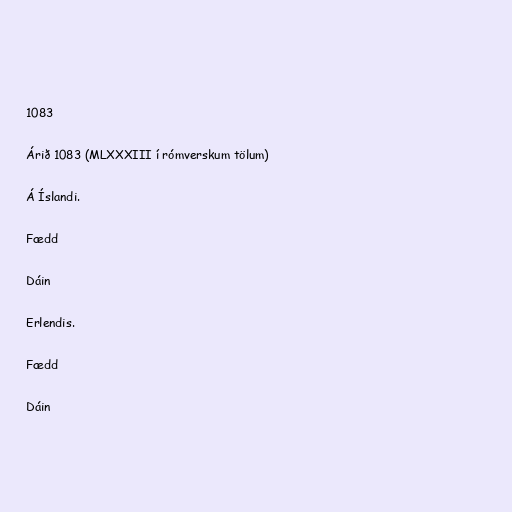
1083

Árið 1083 (MLXXXIII í rómverskum tölum)

Á Íslandi.

Fædd

Dáin

Erlendis.

Fædd

Dáin